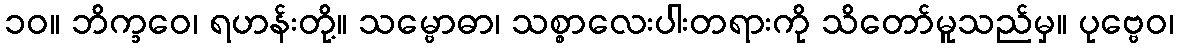
၁၀။ ဘိက္ခဝေ၊ ရဟန်းတို့။ သမ္ဗောဓာ၊ သစ္စာလေးပါးတရားကို သိတော်မူသည်မှ။ ပုဗ္ဗေဝ၊